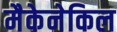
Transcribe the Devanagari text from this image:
मैकेनेकिल